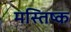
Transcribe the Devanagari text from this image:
मस्‍तिष्क